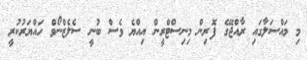
މި މައްސަލާގައި ރާއްޖޭގެ ފޮރިން މިނިސްޓްރީން އިއްޔެ ވެސް ބުނީ ސެލެޒްނޯވް ހައްޔަރުކުރީ